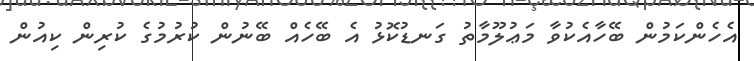
އެހެންކަމުން ބޭހާއެކުވާ މަޢުލޫމާތު ގަނޑުކޮޅު އެ ބޭހެއް ބޭނުން ކުރުމުގެ ކުރިން ކިއުން